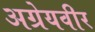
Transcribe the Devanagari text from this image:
अग्रेयवीर